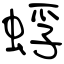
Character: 蜉